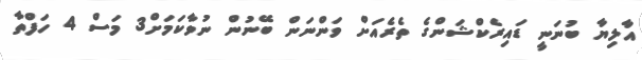
އާލިޔާ ބުނަނީ ޑައިރެކްޝަންގެ ތެރެއަށް ވަންނަން ބޭނުން ނުވާކަމަށް3 މަސް 4 ހަފްތާ